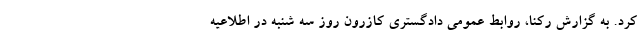
کرد. به گزارش رکنا، روابط عمومی دادگستری کازرون روز سه شنبه در اطلاعیه